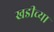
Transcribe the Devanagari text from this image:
खडीच्या